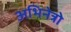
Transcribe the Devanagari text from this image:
अभिनेत्रो